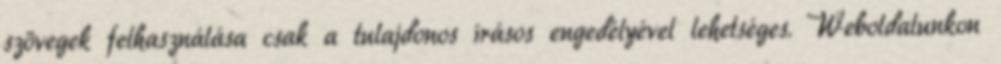
szövegek felhasználása csak a tulajdonos írásos engedélyével lehetséges. Weboldalunkon